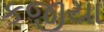
કજીયા